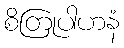
စိတြုပါဟနံ